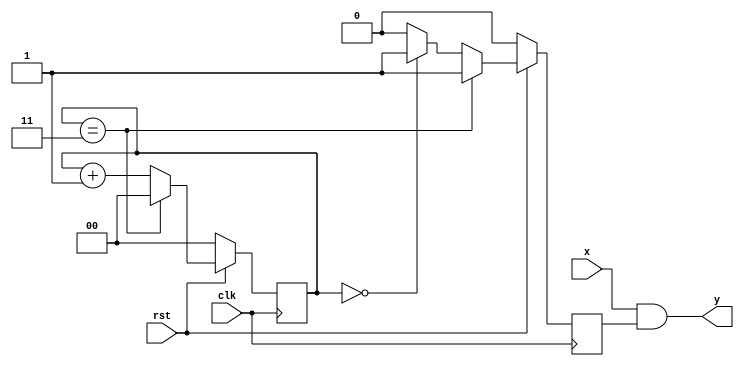
module ask(clk , rst , x, y);
 
	input	clk,rst;
	input	x;
	
	reg [1:0] cnt;
	reg carry = 0;
 
	output y; 	//wire
	
	//carry4
	always@(posedge clk)
		begin
			if(!rst)	//rst0cntcarry
				begin
				 cnt <= 0;
				 carry <= 0;
				end
			else	
				begin	//3012
					if(cnt == 3 ) //cnt3	carry =1
						begin
							cnt <= 0;
							carry <= 1;
						end
					else if(cnt == 0)	//0	carry = 1
						begin
							carry <= 1;
							cnt <= cnt + 1;
						end
					else				//12	carry = 0	
						begin
							cnt = cnt + 1;
							carry <= 0;
						end
				end
		end
			
	//xcarry&&
	assign	y = x && carry;
 
endmodule